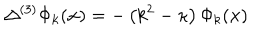
LaTeX: \Delta ^ { ( 3 ) } \Phi _ { k } ( { \bf x } ) = - \left( k ^ { 2 } - \kappa \right) \Phi _ { k } ( { \bf x } )